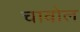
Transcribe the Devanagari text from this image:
चावोल